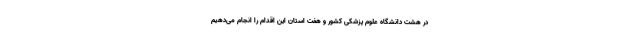
در هشت دانشگاه علوم پزشکی کشور و هفت استان این اقدام را انجام می‌دهیم